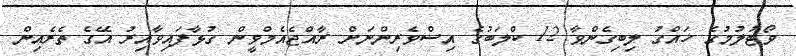
ވޯޓުލުމުގެ ހައްގު ލިބިގެންވާ 12 ކްލަބުގެ އިސްވެރިންނަށް ރާއްޖެއެމްވީން ގުޅާފައިވާއިރު އޭގެ ތެރެއިން